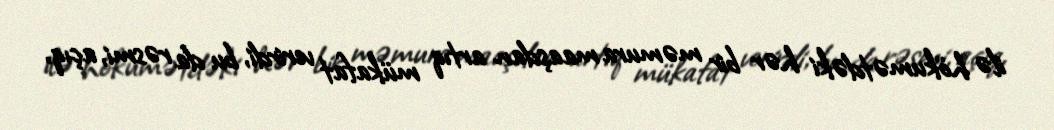
ilə hökumətdəki hər bir məmura maaşdan artıq mükafat verirdi, bu da rəsmi, açıq,